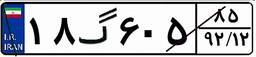
۱۸گ۶۰۵۸۵